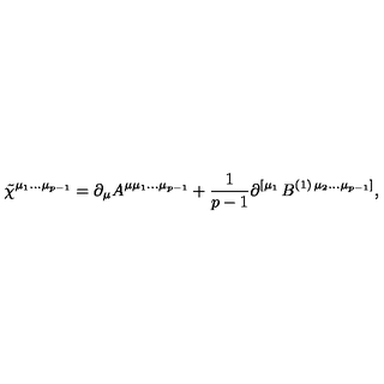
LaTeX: \tilde { \chi } ^ { \mu _ { 1 } \ldots \mu _ { p - 1 } } = \partial _ { \mu } A ^ { \mu \mu _ { 1 } \ldots \mu _ { p - 1 } } + \frac 1 { p - 1 } \partial ^ { \left[ \mu _ { 1 } \right. } B ^ { ( 1 ) \left. \mu _ { 2 } \ldots \mu _ { p - 1 } \right] } ,